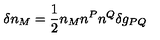
\delta n _ { M } = \frac { 1 } { 2 } n _ { M } n ^ { P } n ^ { Q } \delta g _ { P Q }